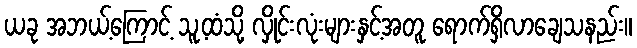
ယခု အဘယ့်ကြောင့် သူ့ထံသို့ လှိုင်းလုံးများနှင့်အတူ ရောက်ရှိလာချေသနည်း။